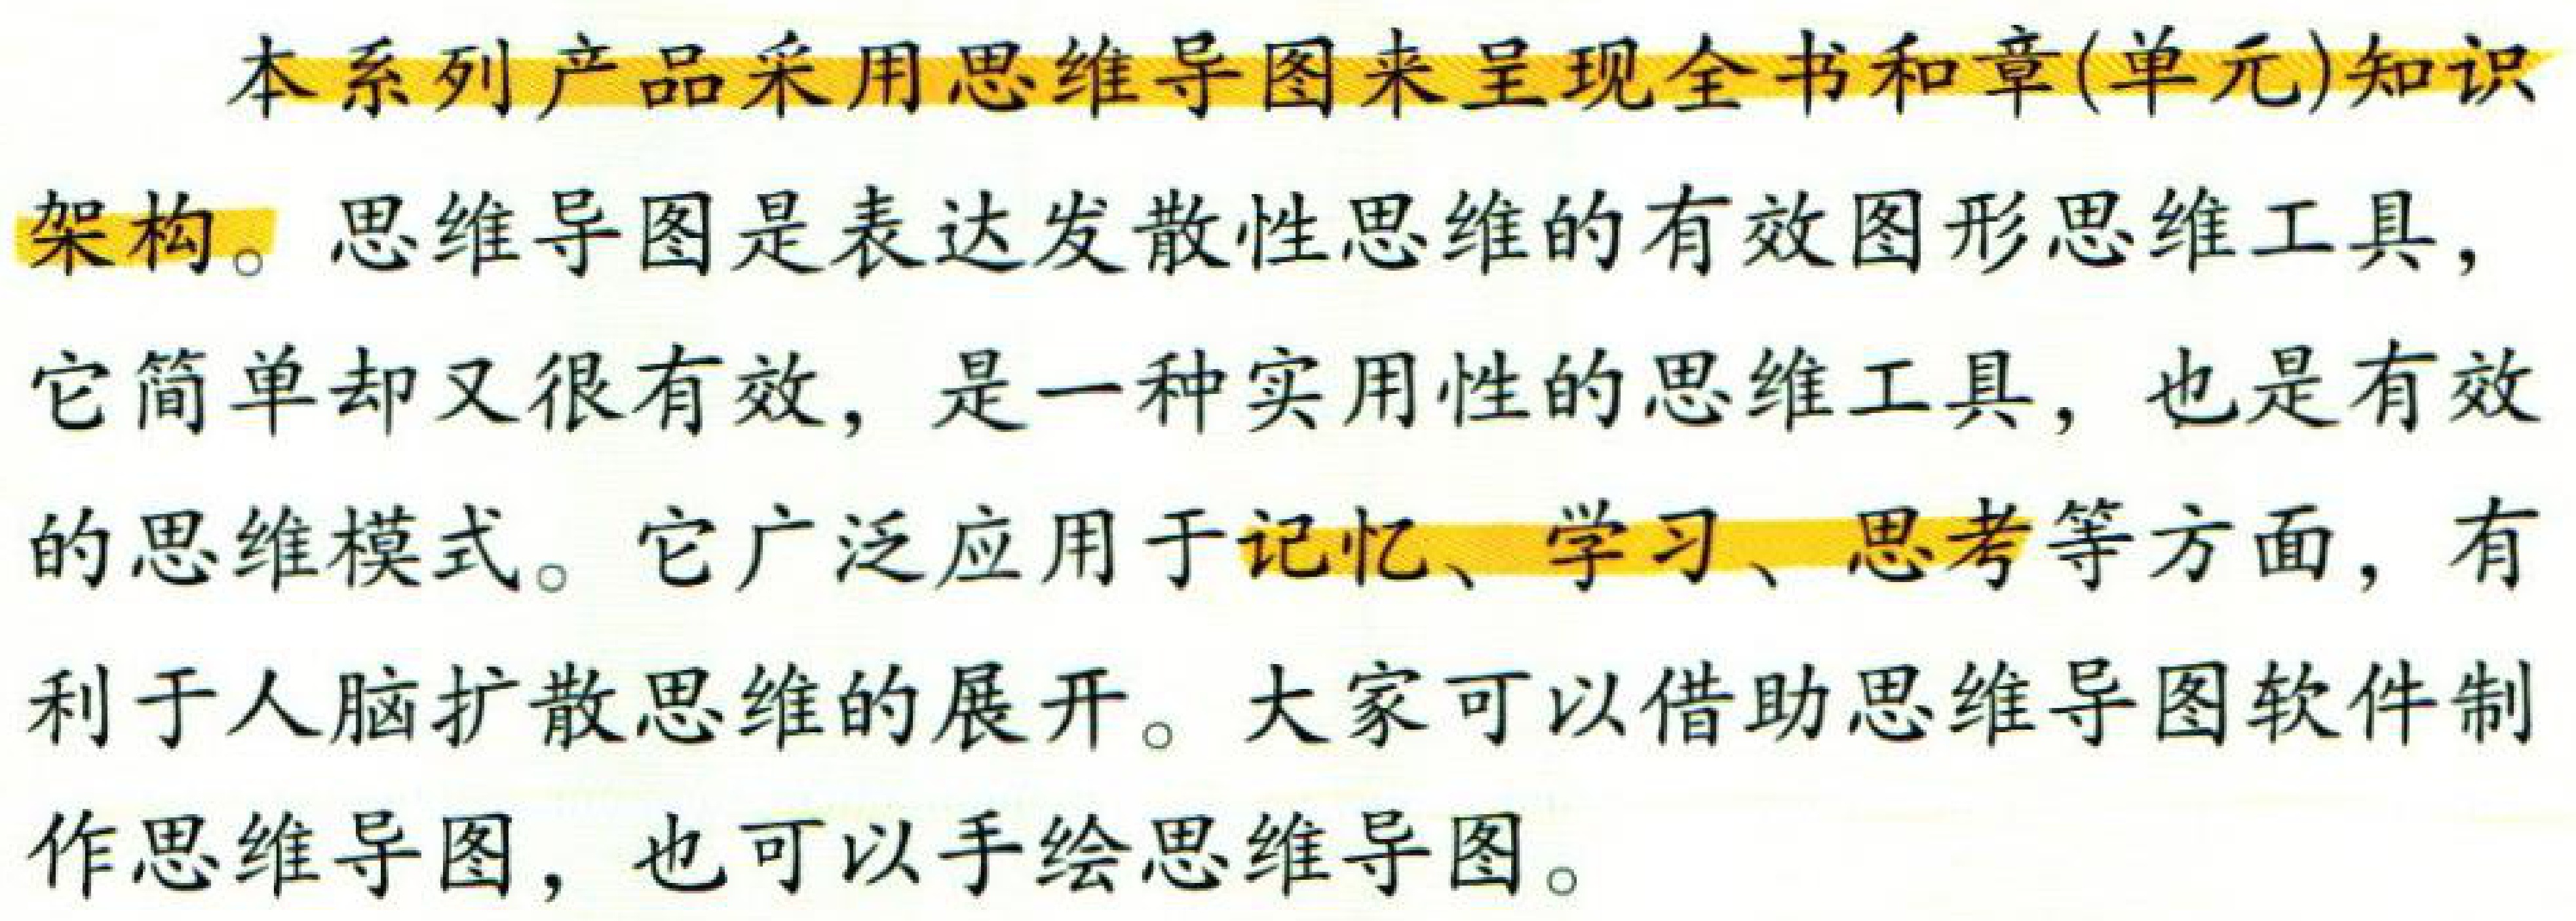
在定理 11 和定理 14 的证明中，我们都用到了顶角的角平分线。这种帮助我们进行证明的线叫作辅助线。